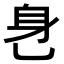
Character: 𬼧